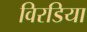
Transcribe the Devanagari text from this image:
विरडिया